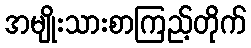
အမျိုးသားစာကြည့်တိုက်